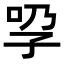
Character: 𡥕